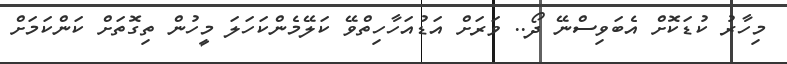
މިހާރު ކުޑަކޮށް އެބަވިސްނޭ ދޯ.. ވަރަށް އަޑުއަހާހިތްވޭ ކަލޭމެންކަހަލަ މީހުން ތިގޮތަށް ކަންކަމަށް